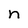
Character: n